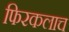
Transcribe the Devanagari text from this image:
फिरकलाच